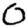
Digit: 0